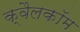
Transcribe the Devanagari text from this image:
क्वैलकॉम